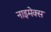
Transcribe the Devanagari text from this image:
नाइमेक्स